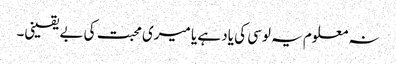
نہ معلوم یہ لوسی کی یاد ہے یا میری محبت کی بے یقینی۔